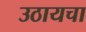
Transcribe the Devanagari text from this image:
उठायचा